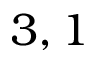
3 , 1